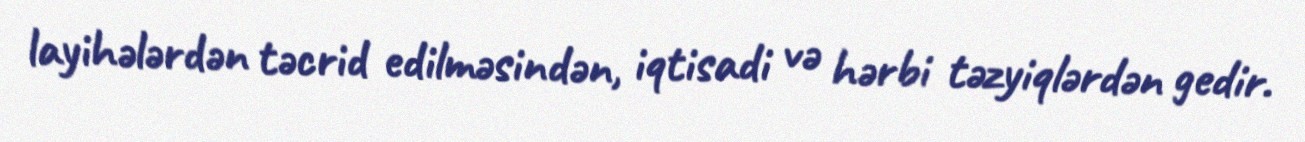
layihələrdən təcrid edilməsindən, iqtisadi və hərbi təzyiqlərdən gedir.